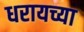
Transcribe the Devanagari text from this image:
धरायच्या